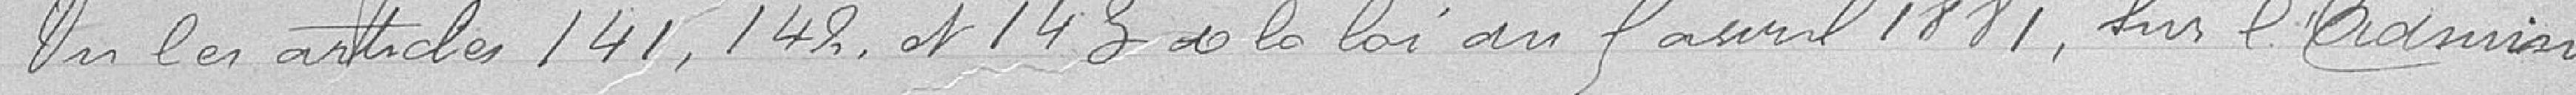
Vu les articles l 41, l 48, et l 43 et la loi du 9 avril 18181, Vu l'adminis-